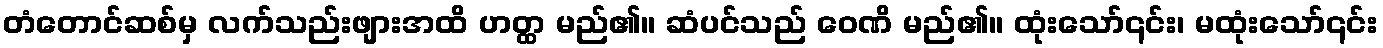
တံတောင်ဆစ်မှ လက်သည်းဖျားအထိ ဟတ္ထ မည်၏။ ဆံပင်သည် ဝေဏိ မည်၏။ ထုံးသော်၎င်း၊ မထုံးသော်၎င်း